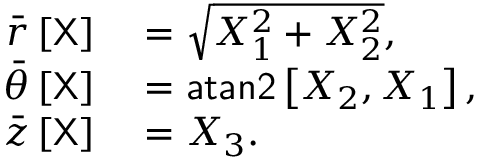
\begin{array} { r l } { \bar { r } \left[ { \sf X } \right] } & { { } = \sqrt { X _ { 1 } ^ { 2 } + X _ { 2 } ^ { 2 } } , } \\ { \bar { \theta } \left[ \sf X \right] } & { { } = { \sf a t a n 2 } \left[ X _ { 2 } , X _ { 1 } \right] , } \\ { \bar { z } \left[ \sf X \right] } & { { } = X _ { 3 } . } \end{array}